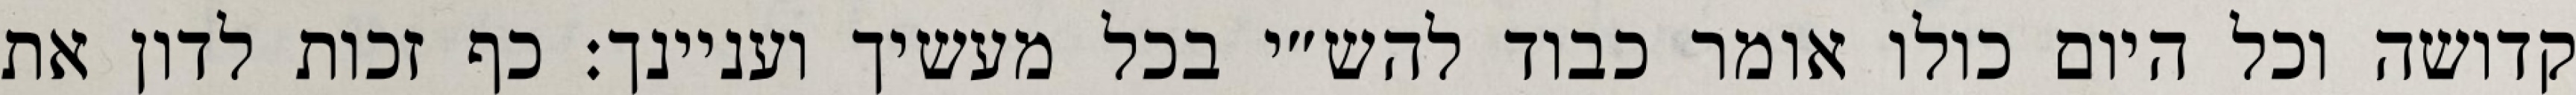
קדושה וכל היום כולו אומר כבוד להש״י בכל מעשיך ועניינך: כף זכות לדון את